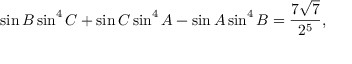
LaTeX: \sin B \sin ^ { 4 } C + \sin C \sin ^ { 4 } A - \sin A \sin ^ { 4 } B = { \frac { 7 { \sqrt { 7 } } } { 2 ^ { 5 } } } ,